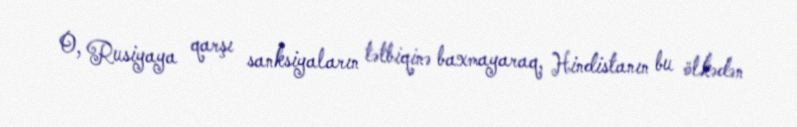
O, Rusiyaya qarşı sanksiyaların tətbiqinə baxmayaraq, Hindistanın bu ölkədən